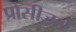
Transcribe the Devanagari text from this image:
प्रोसीज़रों